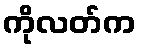
ကိုလတ်က